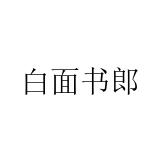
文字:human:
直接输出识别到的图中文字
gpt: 白面书郎